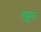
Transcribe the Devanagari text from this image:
बट्टर